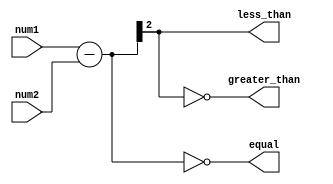
module unsigned_comparator (
    input [2:0] num1,
    input [2:0] num2,
    output equal,
    output less_than,
    output greater_than
);

reg [2:0] difference;
reg [2:0] comparison;

assign equal = (difference == 3'b000);
assign less_than = (difference[2] == 1'b1);
assign greater_than = (difference[2] == 1'b0);

always @(*) begin
    difference = num1 - num2;
    if (difference[2] == 1'b0) begin
        comparison = 3'b011; // greater than
    end else begin
        comparison = 3'b100; // less than
    end
end

endmodule